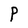
Character: P